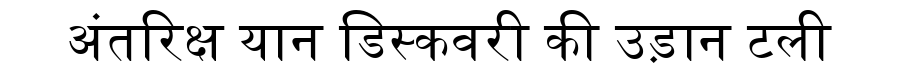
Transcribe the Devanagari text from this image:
अंतरिक्ष यान डिस्कवरी की उड़ान टली